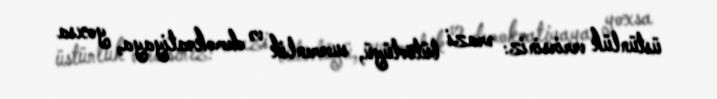
üstünlük verirsiniz: ərazi bütövlüyü, suverenlik və demokratiyaya, yoxsa